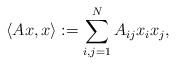
LaTeX: \begin{align*}\langle Ax,x\rangle:=\sum_{i,j=1}^N A_{ij} x_i x_j,\end{align*}